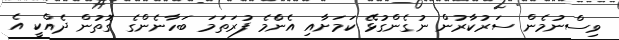
ވިސްނުމެން ސަރުކާރުން ނުގެންގުޅޭ ކަމަށާއި އެންެމެ ފުރަތަމަ ބަހާނެންގެ ގޮތުން ދެއްކީ އެ